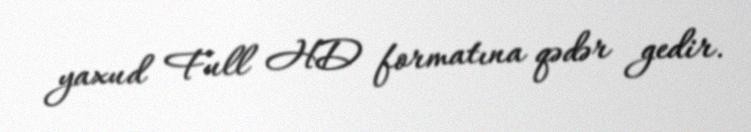
yaxud Full HD formatına qədər gedir.